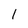
Character: 1